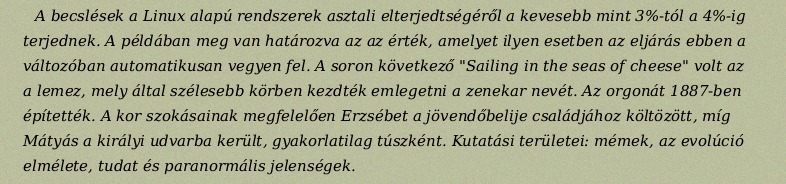
A becslések a Linux alapú rendszerek asztali elterjedtségéről a kevesebb mint 3%-tól a 4%-ig terjednek. A példában meg van határozva az az érték, amelyet ilyen esetben az eljárás ebben a változóban automatikusan vegyen fel. A soron következő "Sailing in the seas of cheese" volt az a lemez, mely által szélesebb körben kezdték emlegetni a zenekar nevét. Az orgonát 1887-ben építették. A kor szokásainak megfelelően Erzsébet a jövendőbelije családjához költözött, míg Mátyás a királyi udvarba került, gyakorlatilag túszként. Kutatási területei: mémek, az evolúció elmélete, tudat és paranormális jelenségek.